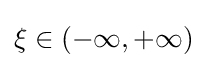
\xi \in (-\infty ,+\infty )